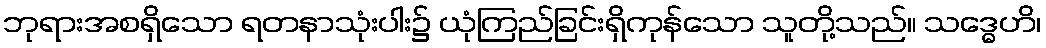
ဘုရားအစရှိသော ရတနာသုံးပါး၌ ယုံကြည်ခြင်းရှိကုန်သော သူတို့သည်။ သဒ္ဓေဟိ၊